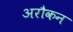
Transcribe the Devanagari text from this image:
अरौकन